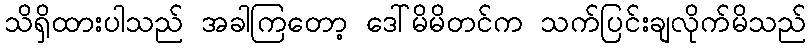
သိရှိထားပါသည် အခါကြတော့ ဒေါ်မိမိတင်က သက်ပြင်းချလိုက်မိသည်